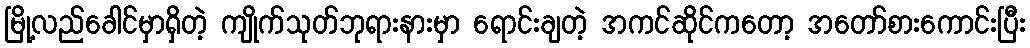
မြို့လည်ခေါင်မှာရှိတဲ့ ကျိုက်သုတ်ဘုရားနားမှာ ရောင်းချတဲ့ အကင်ဆိုင်ကတော့ အတော်စားကောင်းပြီး